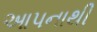
આપનાથી